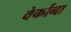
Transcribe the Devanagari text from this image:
वेर्काना